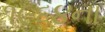
૧૯૬૪ના